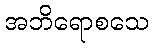
အဘိရောစသေ